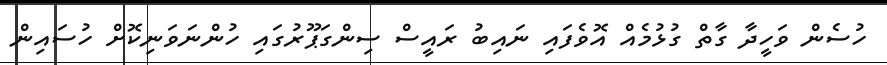
ހުސެން ވަހީދާ ގާތް ގުޅުމެއް އޮވެފައި ނައިބު ރައީސް ސިންގަޕޫރުގައި ހުންނަވަނިކޮށް ހުސައިން